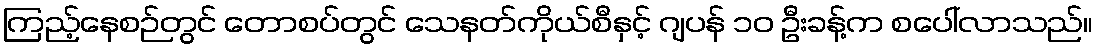
ကြည့်နေစဉ်တွင် တောစပ်တွင် သေနတ်ကိုယ်စီနှင့် ဂျပန် ၁၀ ဦးခန့်က စပေါ်လာသည်။